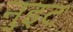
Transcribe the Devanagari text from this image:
नुइट